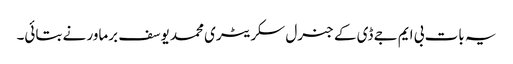
یہ بات بی ایم جے ڈی کے جنرل سکریٹری محمد یوسف برماور نے بتائی۔